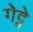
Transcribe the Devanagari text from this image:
गेट्वे